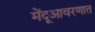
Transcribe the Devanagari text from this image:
मेंदूआवरणात